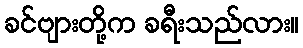
ခင်ဗျားတို့က ခရီးသည်လား။